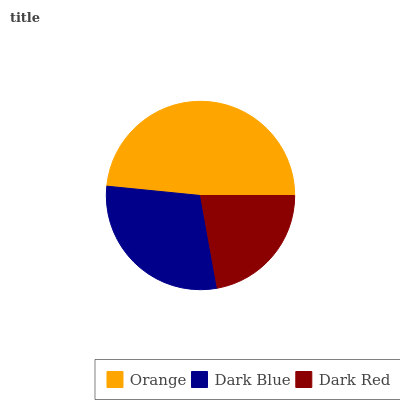
| Orange | Dark Blue | Dark Red |
 | --- | --- | --- |
 | 48.4% | 29.5% | 22.1% |